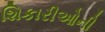
શિકારીઓની